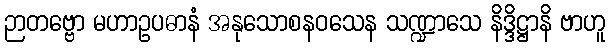
ဉာတဗ္ဗော မဟာဥပဓာနံ အနုသောစနဝသေန သဏ္ဍာသေ နိဒ္ဒိဋ္ဌာနိ ဗာဟူ